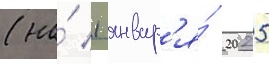
(на́ 1 январ'я́ 2025